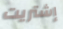
إشتريت